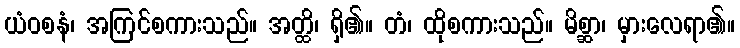
ယံဝစနံ၊ အကြင်စကားသည်။ အတ္ထိ၊ ရှိ၏။ တံ၊ ထိုစကားသည်။ မိစ္ဆာ၊ မှားလေရာ၏။